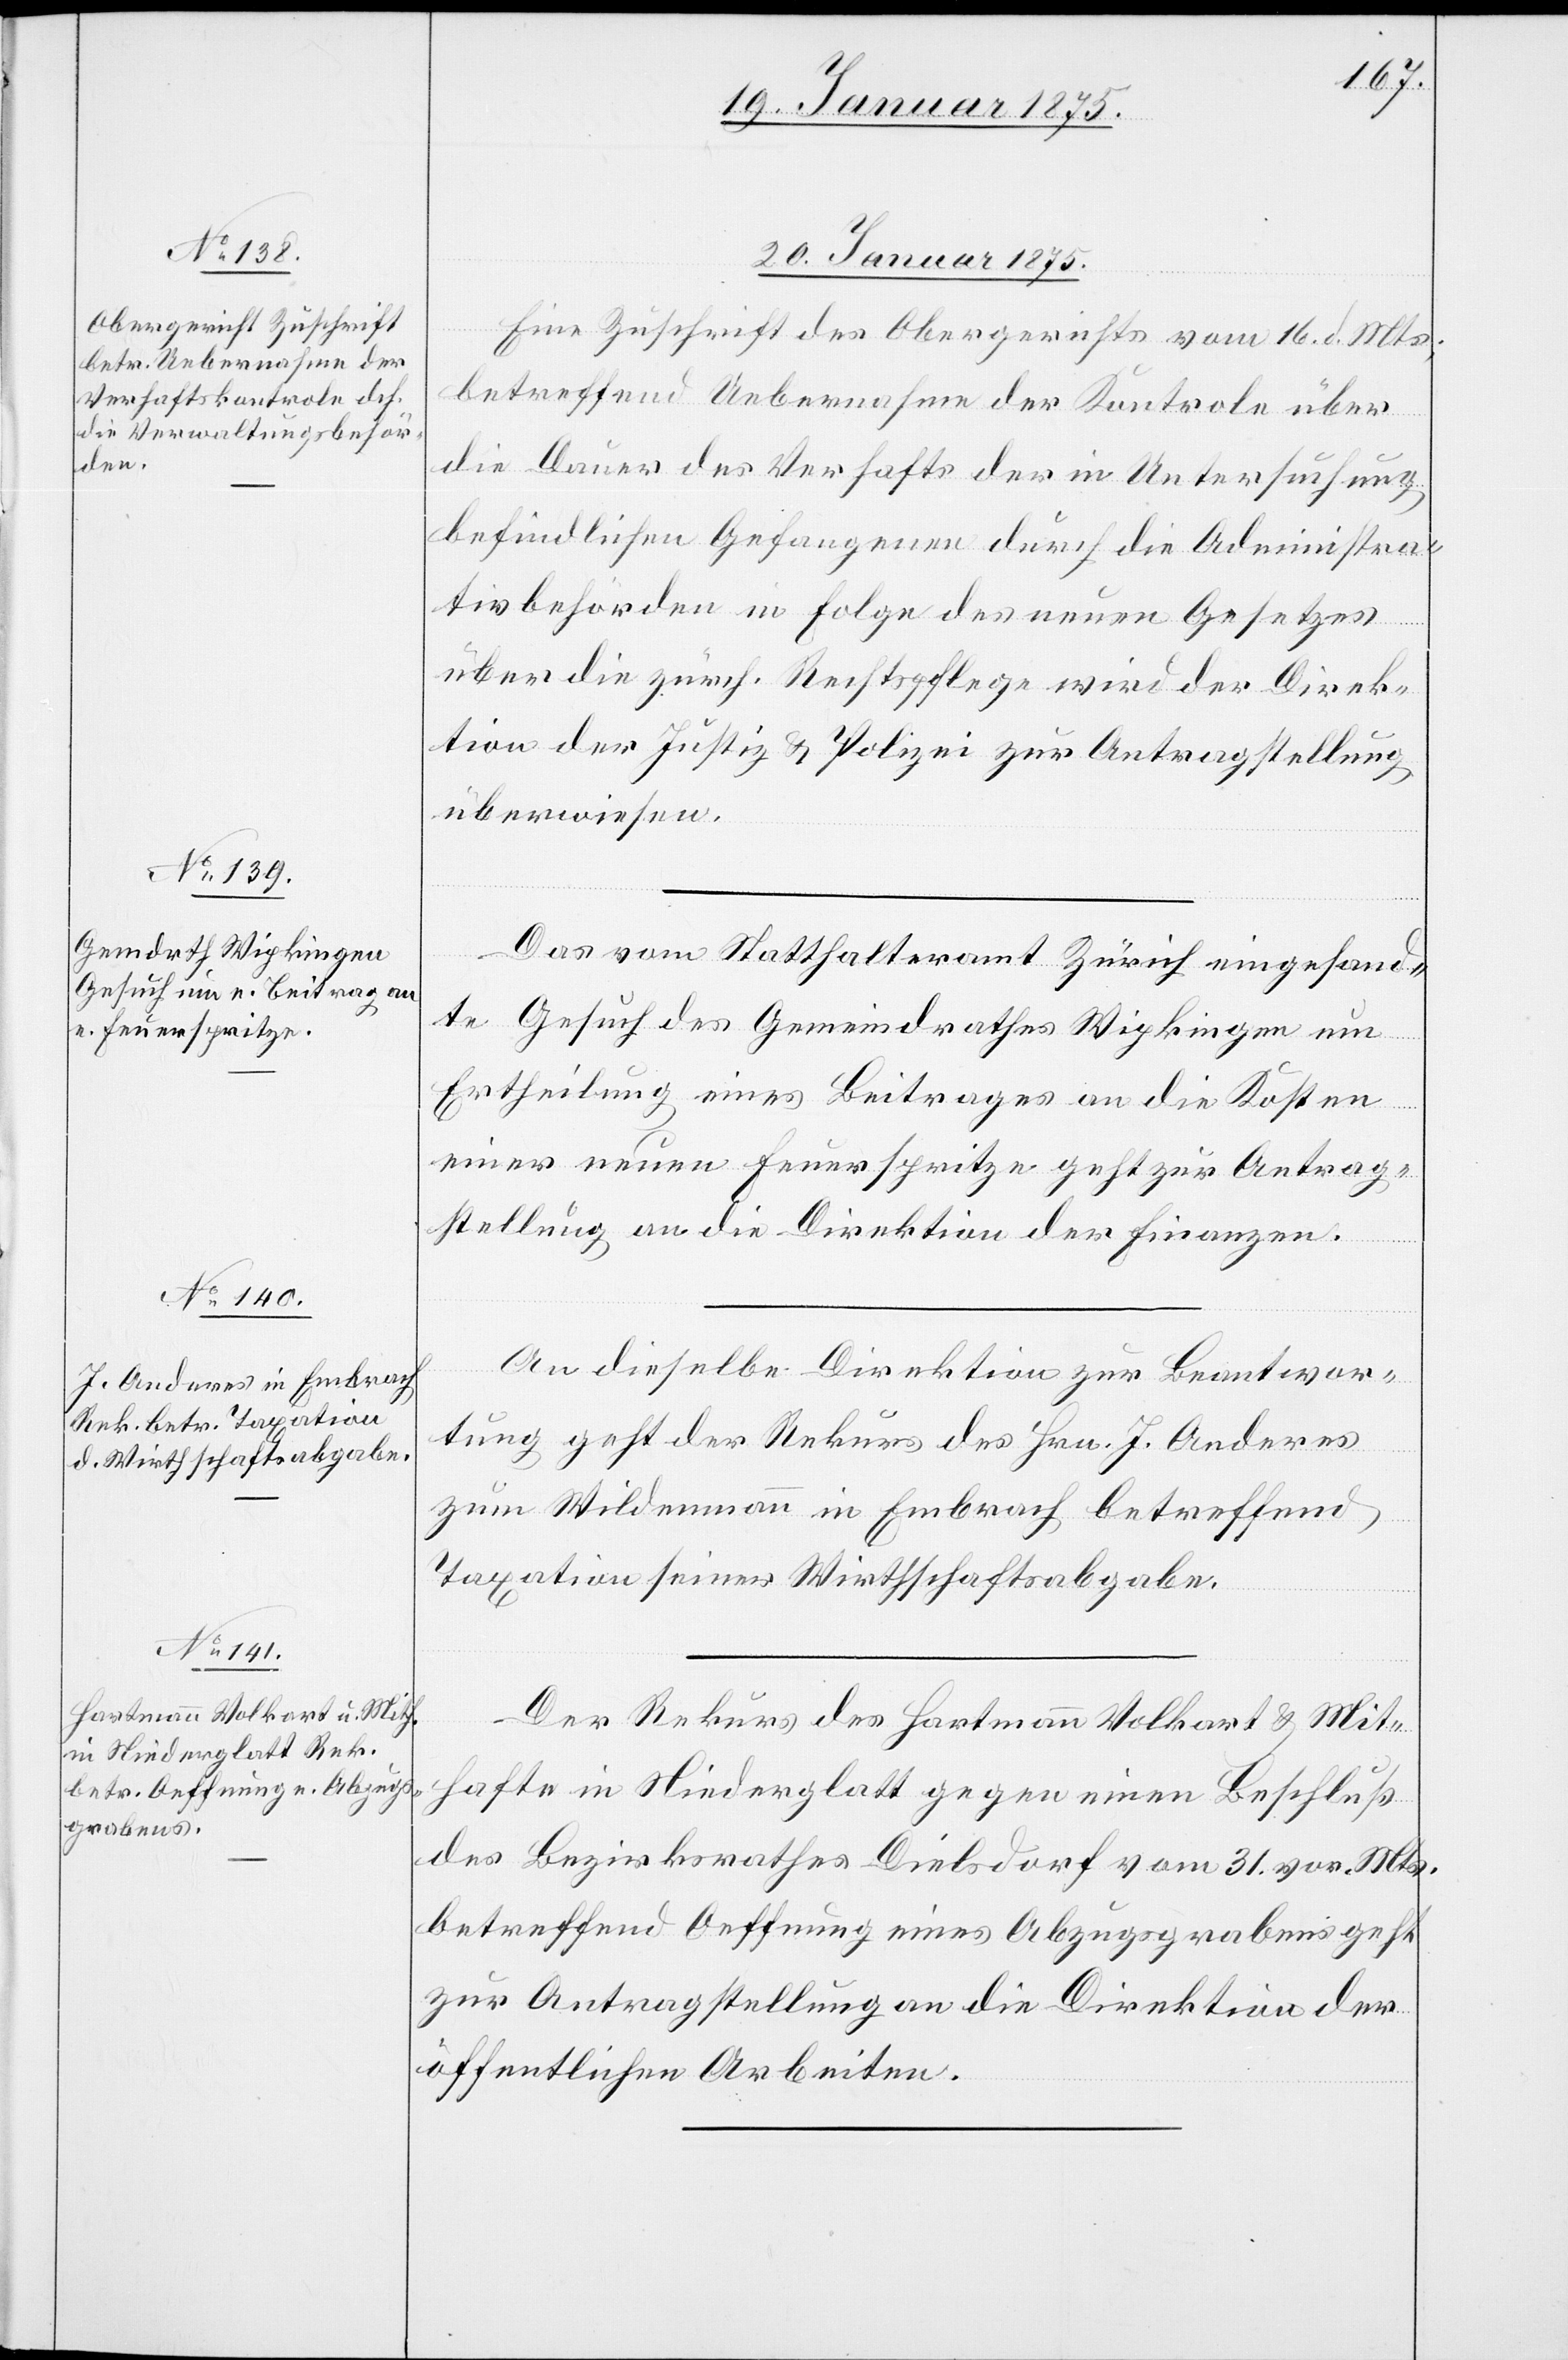
20. Januar 1875.]
Eine Zuschrift des Obergerichts vom 16. d. Mts.,
betreffend Uebernahme der Kontrole über
die Dauer des Verhafts der in Untersuchung
befindlichen Gefangenen durch die Administra¬
tivbehörden in Folge des neuen Gesetzes
über die zürch. Rechtspflege wird der Direk¬
tion der Justiz & Polizei zur Antragstellung
überwiesen.
Das vom Statthalteramt Zürich eingesand¬
te Gesuch des Gemeindrathes Wipkingen um
Ertheilung eines Beitrages an die Kosten
einer neuen Feuerspritze geht zur Antrag¬
stellung an die Direktion der Finanzen.
An dieselbe Direktion zur Beantwor¬
tung geht der Rekurs des Hrn. J. Anderes
zum Wildenmann in Embrach betreffend
Taxation seiner Wirthschaftsabgabe.
Der Rekurs des Hartmann Volkart & Mit¬
hafte in Niederglatt gegen einen Beschluß
des Bezirksrathes Dielsdorf vom 31. vor. Mts.
betreffend Oeffnung eines Abzugsgrabens geht
zur Antragstellung an die Direktion der
öffentlichen Arbeiten.